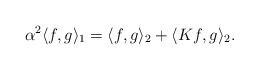
LaTeX: \begin{align*}\alpha^2\langle f,g\rangle_{1} = \langle f,g\rangle_2 + \langle Kf,g\rangle_2.\end{align*}